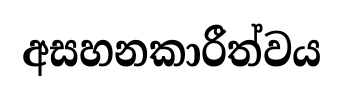
අසහනකාරීත්වය